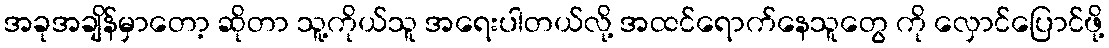
အခုအချိန်မှာတော့ ဆိုတာ သူ့ကိုယ်သူ အရေးပါတယ်လို့ အထင်ရောက်နေသူတွေ ကို လှောင်ပြောင်ဖို့